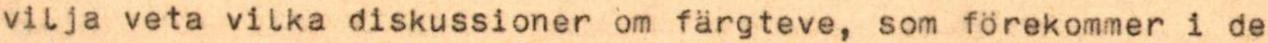
vilja veta vilka diskussioner om färgteve, som förekommer i de